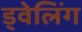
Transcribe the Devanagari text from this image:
ड्वेलिंग